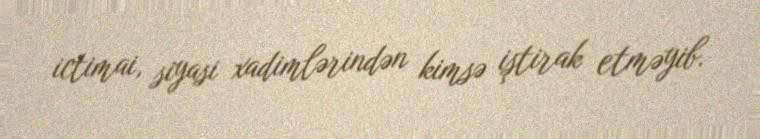
ictimai, siyasi xadimlərindən kimsə iştirak etməyib.